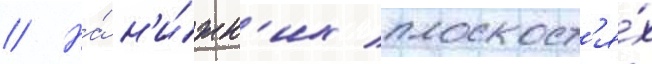
// На́ н'и́жн'их плоскост'я́х